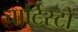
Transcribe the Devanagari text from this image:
चार्टिस्टों